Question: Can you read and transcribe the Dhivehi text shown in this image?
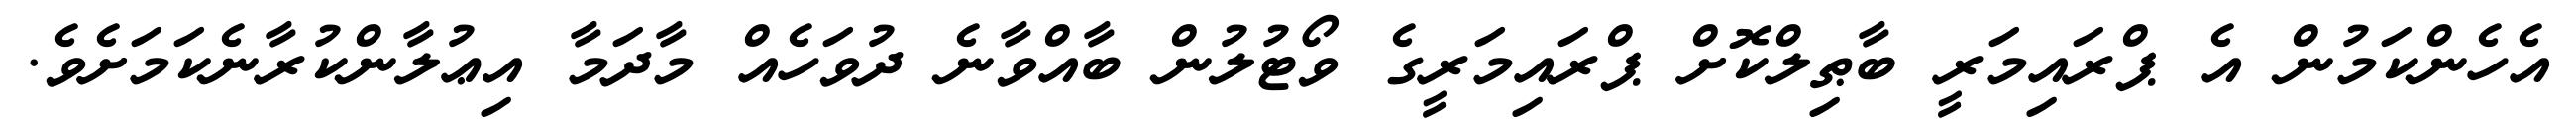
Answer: އެހެންކަމުން އެ ޕްރައިމަރީ ބާޠިލްކޮށް ޕްރައިމަރީގެ ވޯޓުލުން ބާއްވާނެ ދުވަހެއް މާދަމާ އިޢުލާންކުރާނެކަމަށެވެ.